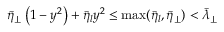
\bar { \eta } _ { \perp } \left( 1 - y ^ { 2 } \right) + \bar { \eta } _ { l } y ^ { 2 } \leq \operatorname* { m a x } ( \bar { \eta } _ { l } , \bar { \eta } _ { \perp } ) < \bar { \lambda } _ { \perp }